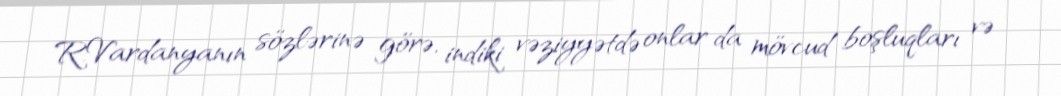
R.Vardanyanın sözlərinə görə, indiki vəziyyətdə onlar da mövcud boşluqları və